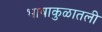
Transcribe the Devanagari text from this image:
भाषाकुळातली